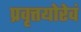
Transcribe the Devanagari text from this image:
प्रवृत्तयोरेवं